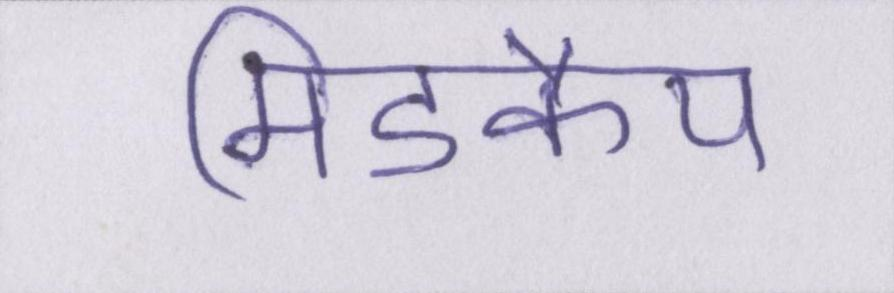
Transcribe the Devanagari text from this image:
मिडकैप